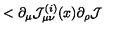
< \partial _ { \mu } { \cal J } _ { \mu \nu } ^ { ( i ) } ( x ) \partial _ { \rho } { \cal J }